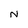
Character: N